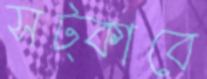
সট্‌কাবে